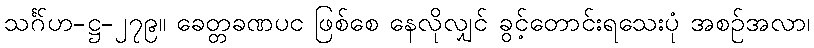
သင်္ဂဟ-ဋ္ဌ-၂၇၉။ ခေတ္တခဏပင် ဖြစ်စေ နေလိုလျှင် ခွင့်တောင်းရသေးပုံ အစဉ်အလာ၊